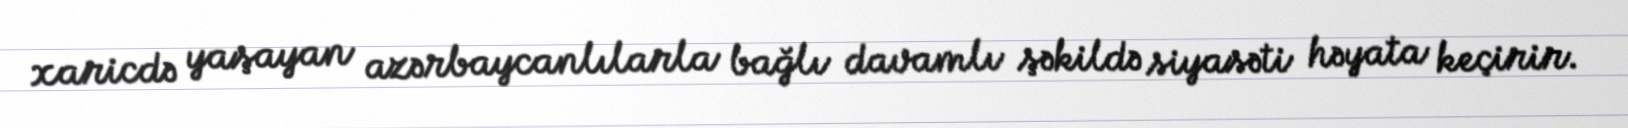
xaricdə yaşayan azərbaycanlılarla bağlı davamlı şəkildə siyasəti həyata keçirir.